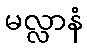
မလ္လာနံ